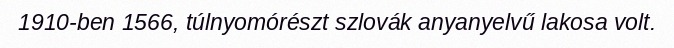
1910-ben 1566, túlnyomórészt szlovák anyanyelvű lakosa volt.